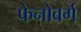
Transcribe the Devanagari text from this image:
फेनोवर्ग